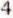
4